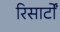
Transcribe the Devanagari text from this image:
रिसार्टों